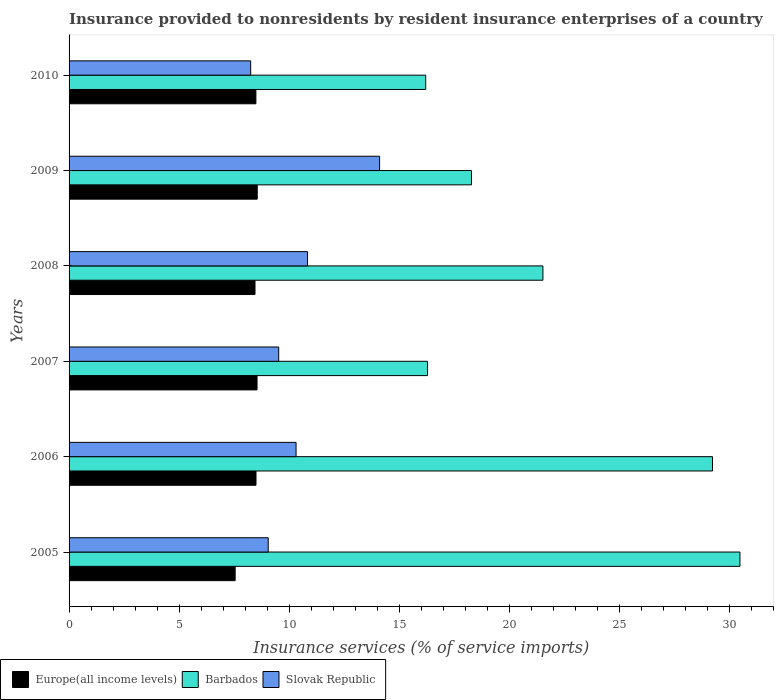
| Years | Europe(all income levels) | Barbados | Slovak Republic |
 | --- | --- | --- | --- |
 | 2005 | 7.55 | 30.5 | 9.05 |
 | 2006 | 8.5 | 29.2 | 10.3 |
 | 2007 | 8.55 | 16.3 | 9.53 |
 | 2008 | 8.45 | 21.5 | 10.8 |
 | 2009 | 8.55 | 18.3 | 14.1 |
 | 2010 | 8.49 | 16.2 | 8.26 |